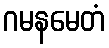
ဂမနမေတံ